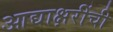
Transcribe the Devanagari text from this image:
आद्याक्षरींची